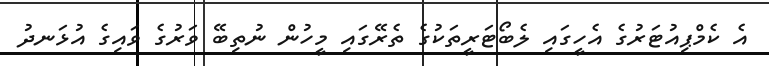
އެ ކެމްޕިއުޓަރުގެ އެހީގައި ލެބޯޓަރީތަކުގެ ތެރޭގައި މީހުން ނުތިބޭ ވަރުގެ ވައިގެ އުޅަނދު